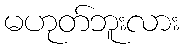
မဟုတ်ဘူးလား